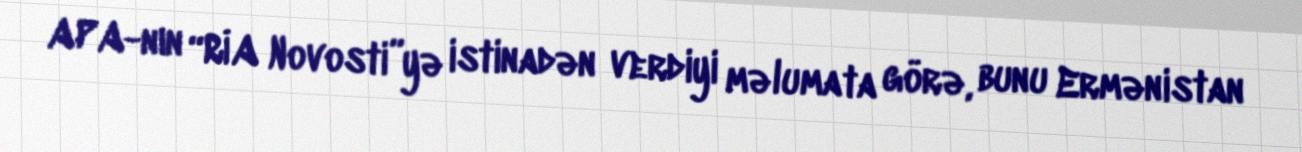
APA-nın “RİA Novosti”yə istinadən verdiyi məlumata görə, bunu Ermənistan